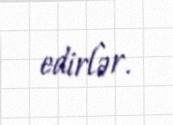
edirlər.